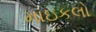
માઇકલો